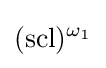
(\operatorname {scl} )^{\omega _{1}}